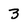
Character: 3